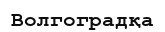
Волгоградқа